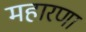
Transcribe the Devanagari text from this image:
महारणा